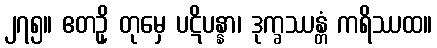
၂၇၅။ ဧတဥှိ တုမှေ ပဋိပန္နာ၊ ဒုက္ခဿန္တံ ကရိဿထ။